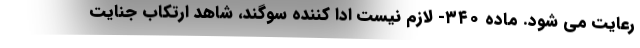
رعایت می شود. ماده ۳۴۰- لازم نیست ادا کننده سوگند، شاهد ارتکاب جنایت